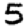
Digit: 5